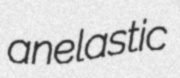
anelastic